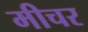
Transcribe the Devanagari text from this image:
मीचर